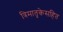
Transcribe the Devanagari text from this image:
त्रिमातृकेसहित